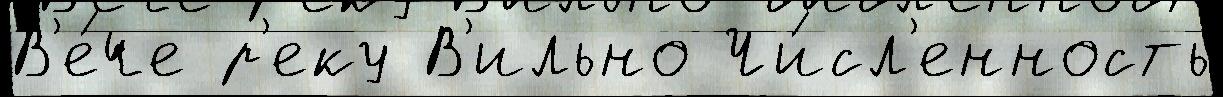
В'е́че р'еку В'ильно Чи́сл'енность